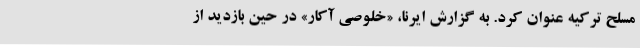
مسلح ترکیه عنوان کرد. به گزارش ایرنا، «خلوصی آکار» در حین بازدید از